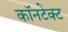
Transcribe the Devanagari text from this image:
कॉनटेक्ट